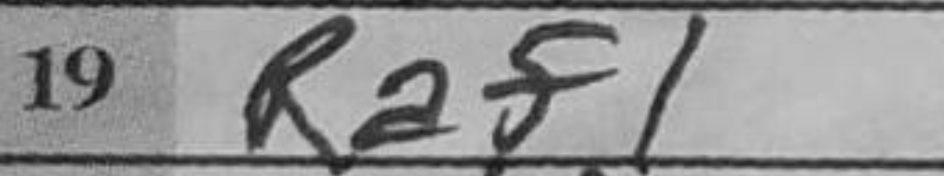
Transcription: Raf1